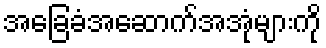
အခြေခံအဆောက်အအုံများကို